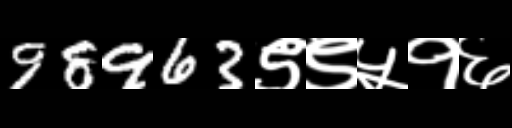
Text: 98963९९५१६